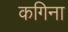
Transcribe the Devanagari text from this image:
कगिना